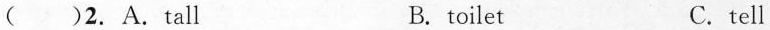
( )2. A.Tall B. toilet C.tell